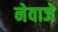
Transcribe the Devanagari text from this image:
नेवाजे